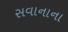
સવાનાના